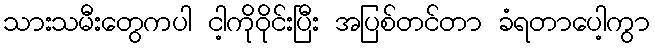
သားသမီးတွေကပါ ငါ့ကိုဝိုင်းပြီး အပြစ်တင်တာ ခံရတာပေါ့ကွာ